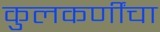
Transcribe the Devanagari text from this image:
कुलकर्णींचा